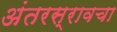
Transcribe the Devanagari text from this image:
अंतरस्रावचा